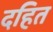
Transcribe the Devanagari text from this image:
दहित